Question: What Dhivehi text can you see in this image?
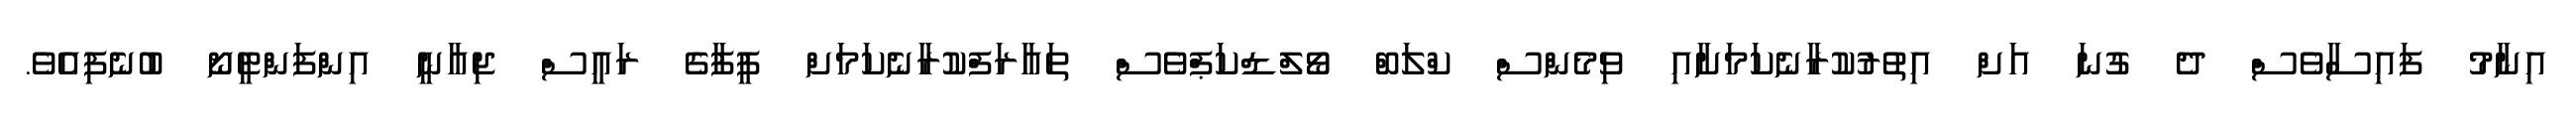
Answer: އިނާމު ފައިސާވެސް ދެ ގުނަ އަށް އިތުރުކުރާނެކަމަށާއި ވިމެންސް ކްލަބް ވޯލްޑްކަޕްވެސް ތައާރަފްކުރާނެކަމަށް ފީފާގެ ރައީސް ޖިއާނީ އިންފަންޓީނޯ ބުނެފިއެވެ.